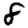
Digit: 8